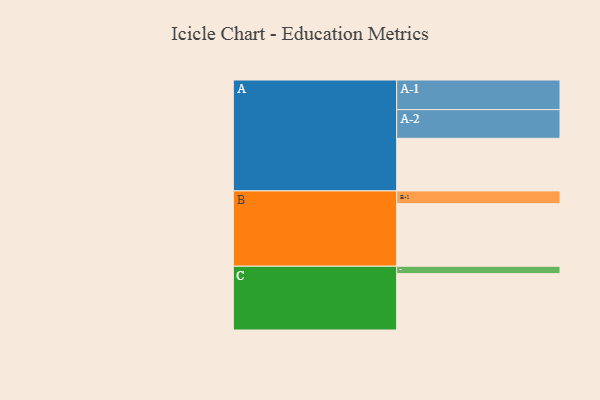
{"axis": {"x": "Segment", "y": "Value"}, "legend": ["", "A", "B", "C"], "data": [{"x": "A", "y": 405, "type": ""}, {"x": "B", "y": 482, "type": ""}, {"x": "C", "y": 434, "type": ""}, {"x": "A-1", "y": 228, "type": "A"}, {"x": "A-2", "y": 221, "type": "A"}, {"x": "B-1", "y": 98, "type": "B"}, {"x": "C-1", "y": 57, "type": "C"}]}